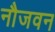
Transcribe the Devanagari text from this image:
नौजवन